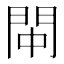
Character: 𫔚